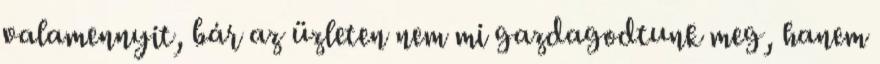
valamennyit, bár az üzleten nem mi gazdagodtunk meg, hanem